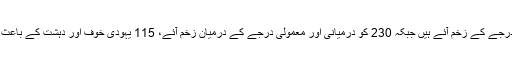
8 کو درمیانے درجے کے زخم آئے ہیں جبکہ 230 کو درمیانی اور معمولی درجے کے درمیان زخم آئے، 115 یہودی خوف اور دہشت کے باعث متاثر ہوئے ہیں۔